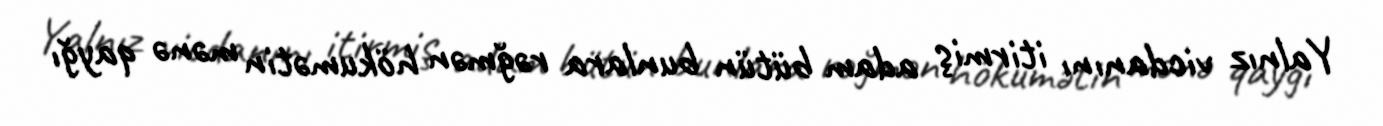
Yalnız vicdanını itirmiş adam bütün bunlara rəğmən hökumətin mənə qayğı